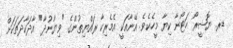
ޑރ. ޔޮޝީރޯ ހަޓޯނާ ކިޔާ މީހެކެވެ. އޭނާއަކީ އެމެރިކާ ރައްޔިތުންގެ "ވިޔާނުދާ" އާދަކާދަތަކަށް